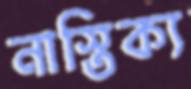
নাস্তিক্য